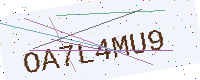
Text: OA7L4MU9